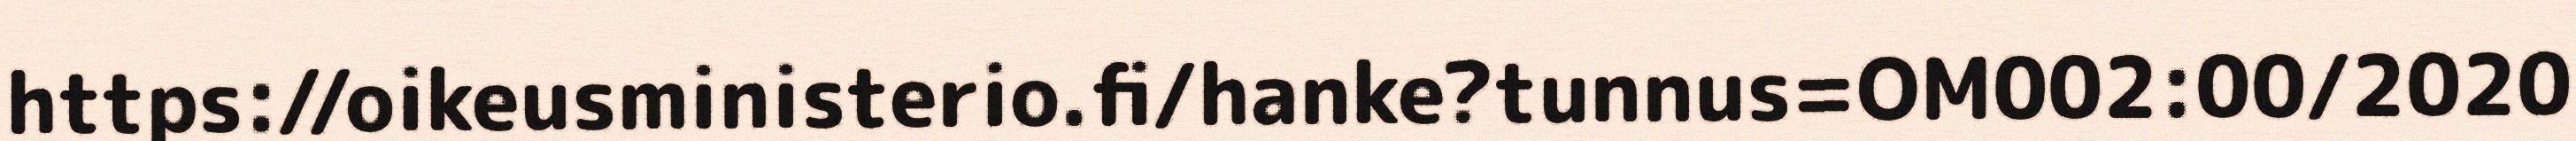
https://oikeusministerio.fi/hanke?tunnus=OM002:00/2020